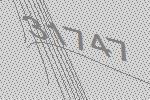
31747